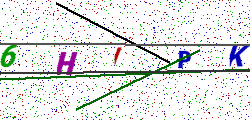
Text: 6HIPK